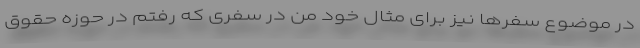
در موضوع سفرها نیز برای مثال خود من در سفری که رفتم در حوزه حقوق